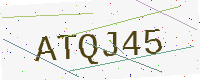
Text: ATQJ45